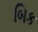
બિક